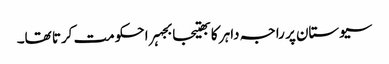
سیوستان پر راجہ داہر کا بھتیجا بجہرا حکومت کرتا تھا۔